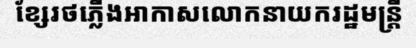
ខ្សែរថភ្លើងអាកាសលោកនាយករដ្ឋមន្ត្រី